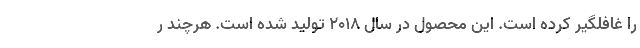
را غافلگیر کرده است. این محصول در سال 2018 تولید شده است. هرچند ر